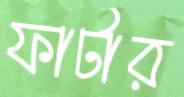
ফাটার